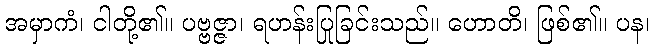
အမှာကံ၊ ငါတို့၏။ ပဗ္ဗဇ္ဇာ၊ ရဟန်းပြုခြင်းသည်။ ဟောတိ၊ ဖြစ်၏။ ပန၊